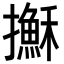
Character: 𢸫